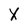
Character: X